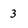
Character: 3